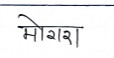
मजकूर: मोगरा